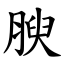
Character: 腴